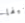
شيفا